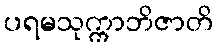
ပရမသုက္ကာဘိဇာတိ